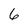
Character: 6